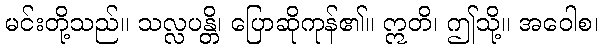
မင်းတို့သည်။ သလ္လပန္တိ၊ ပြောဆိုကုန်၏။ ဣတိ၊ ဤသို့။ အဝေါစ၊